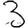
Digit: 3